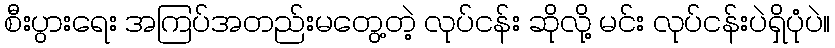
စီးပွားရေး အကြပ်အတည်းမတွေ့တဲ့ လုပ်ငန်း ဆိုလို့ မင်း လုပ်ငန်းပဲရှိပုံပဲ။